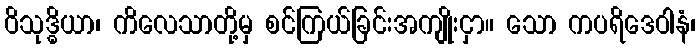
ဝိသုဒ္ဓိယာ၊ ကိလေသာတို့မှ စင်ကြယ်ခြင်းအကျိုးငှာ။ သော ကပရိဒေဝါနံ၊